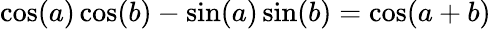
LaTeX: \cos(a)\cos(b)-\sin(a)\sin(b)=\cos(a+b)